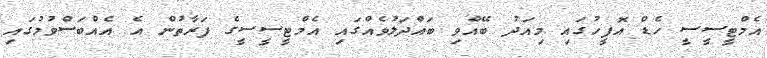
އެމްޓީސީސީ ހެޑް އޮފީހުގައި މިއަދު ބޭއްވި ބައްދަލުވެއްގައި އެމްޓީސީސީގެ ފަރާތުން އެ އެއްބަސްވުމުގައި